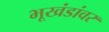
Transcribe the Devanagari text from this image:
भूखंडांवर